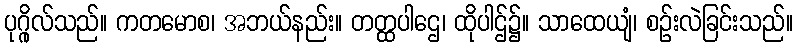
ပုဂ္ဂိုလ်သည်။ ကတမောစ၊ အဘယ်နည်း။ တတ္ထပါဌေ၊ ထိုပါဌ်၌။ သာထေယျံ၊ စဉ်းလဲခြင်းသည်။